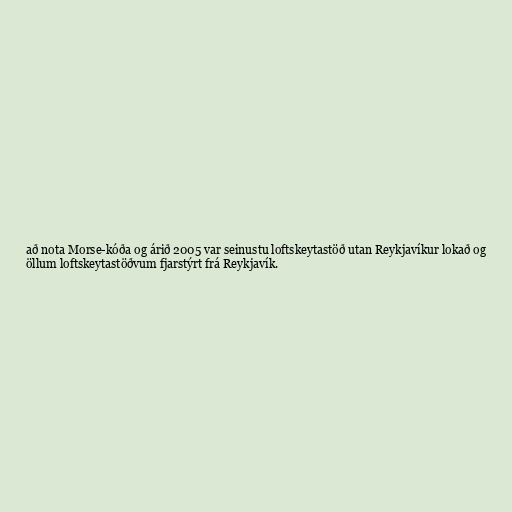
að nota Morse-kóða og árið 2005 var seinustu loftskeytastöð utan Reykjavíkur lokað og
öllum loftskeytastöðvum fjarstýrt frá Reykjavík.